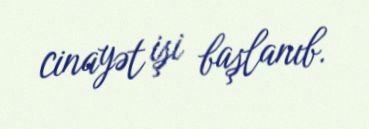
cinayət işi başlanıb.